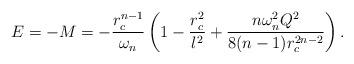
LaTeX: \begin{align*}E=-M =-\frac{r_c^{n-1}}{\omega_n} \left (1 -\frac{r_c^2}{l^2} + \frac{n\omega_n^2 Q^2}{8(n-1)r_c^{2n-2}}\right).\end{align*}